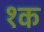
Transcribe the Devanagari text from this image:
१क